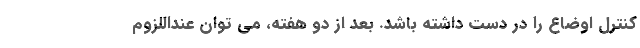
کنترل اوضاع را در دست داشته باشد. بعد از دو هفته، می توان عنداللزوم